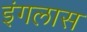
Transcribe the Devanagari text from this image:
इंगलास